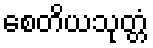
စေတိယသုတ္တံ